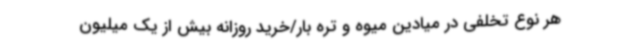
هر نوع تخلفی در میادین میوه و تره بار/خرید روزانه بیش از یک میلیون